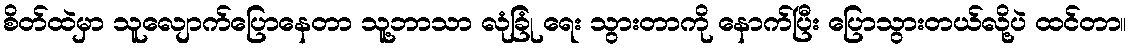
စိတ်ထဲမှာ သူလျောက်ပြောနေတာ သူ့ဘာသာ လုံခြုံ ရေး သွားတာကို နောက်ပြီး ပြောသွားတယ်လို့ပဲ ထင်တာ။